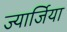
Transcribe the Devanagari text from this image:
ज्यार्जिया